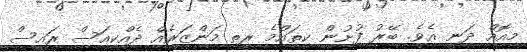
މިއޮއް ދަނީ އެވެ. ބޭރު ފުށުން ކިތައްމެ ރީތި މަންޒަރެއް ދެއްކިއަސް ރައީސް